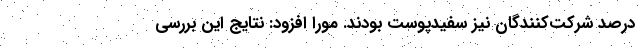
درصد شرکت‌کنندگان نیز سفیدپوست بودند. مورا افزود: نتایج این بررسی